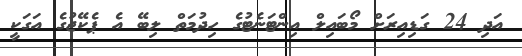
އަދި 24 ގަޑިއިރަށް މޯބައިލް އިންޓަނެޓުގެ ހިދުމަތް ލިބޭ އެ ޕެކޭޖުގެ އަގަކީ